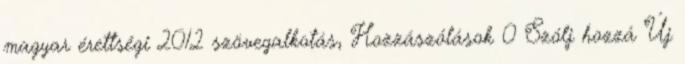
magyar érettségi 2012 szövegalkotás, Hozzászólások 0 Szólj hozzá Új